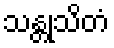
သန္တုသိတံ